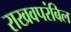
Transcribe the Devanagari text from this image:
राखवपरंबिल